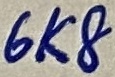
Text: 6K8